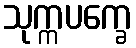
သုက္ကပက္ခေ